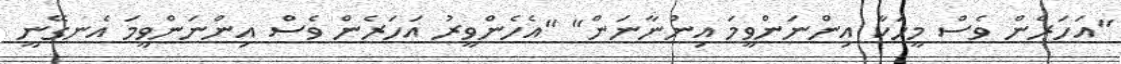
"އަހަރެން ވެސް މީހަކާ އިންނަންވީމަ އިންނާނަން" "އެހެންވީރު އަހަރެން ވެސް އިންނަންވީމަ އެނގޭނީ